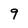
Character: 9